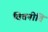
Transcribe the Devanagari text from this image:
वित्तनीति